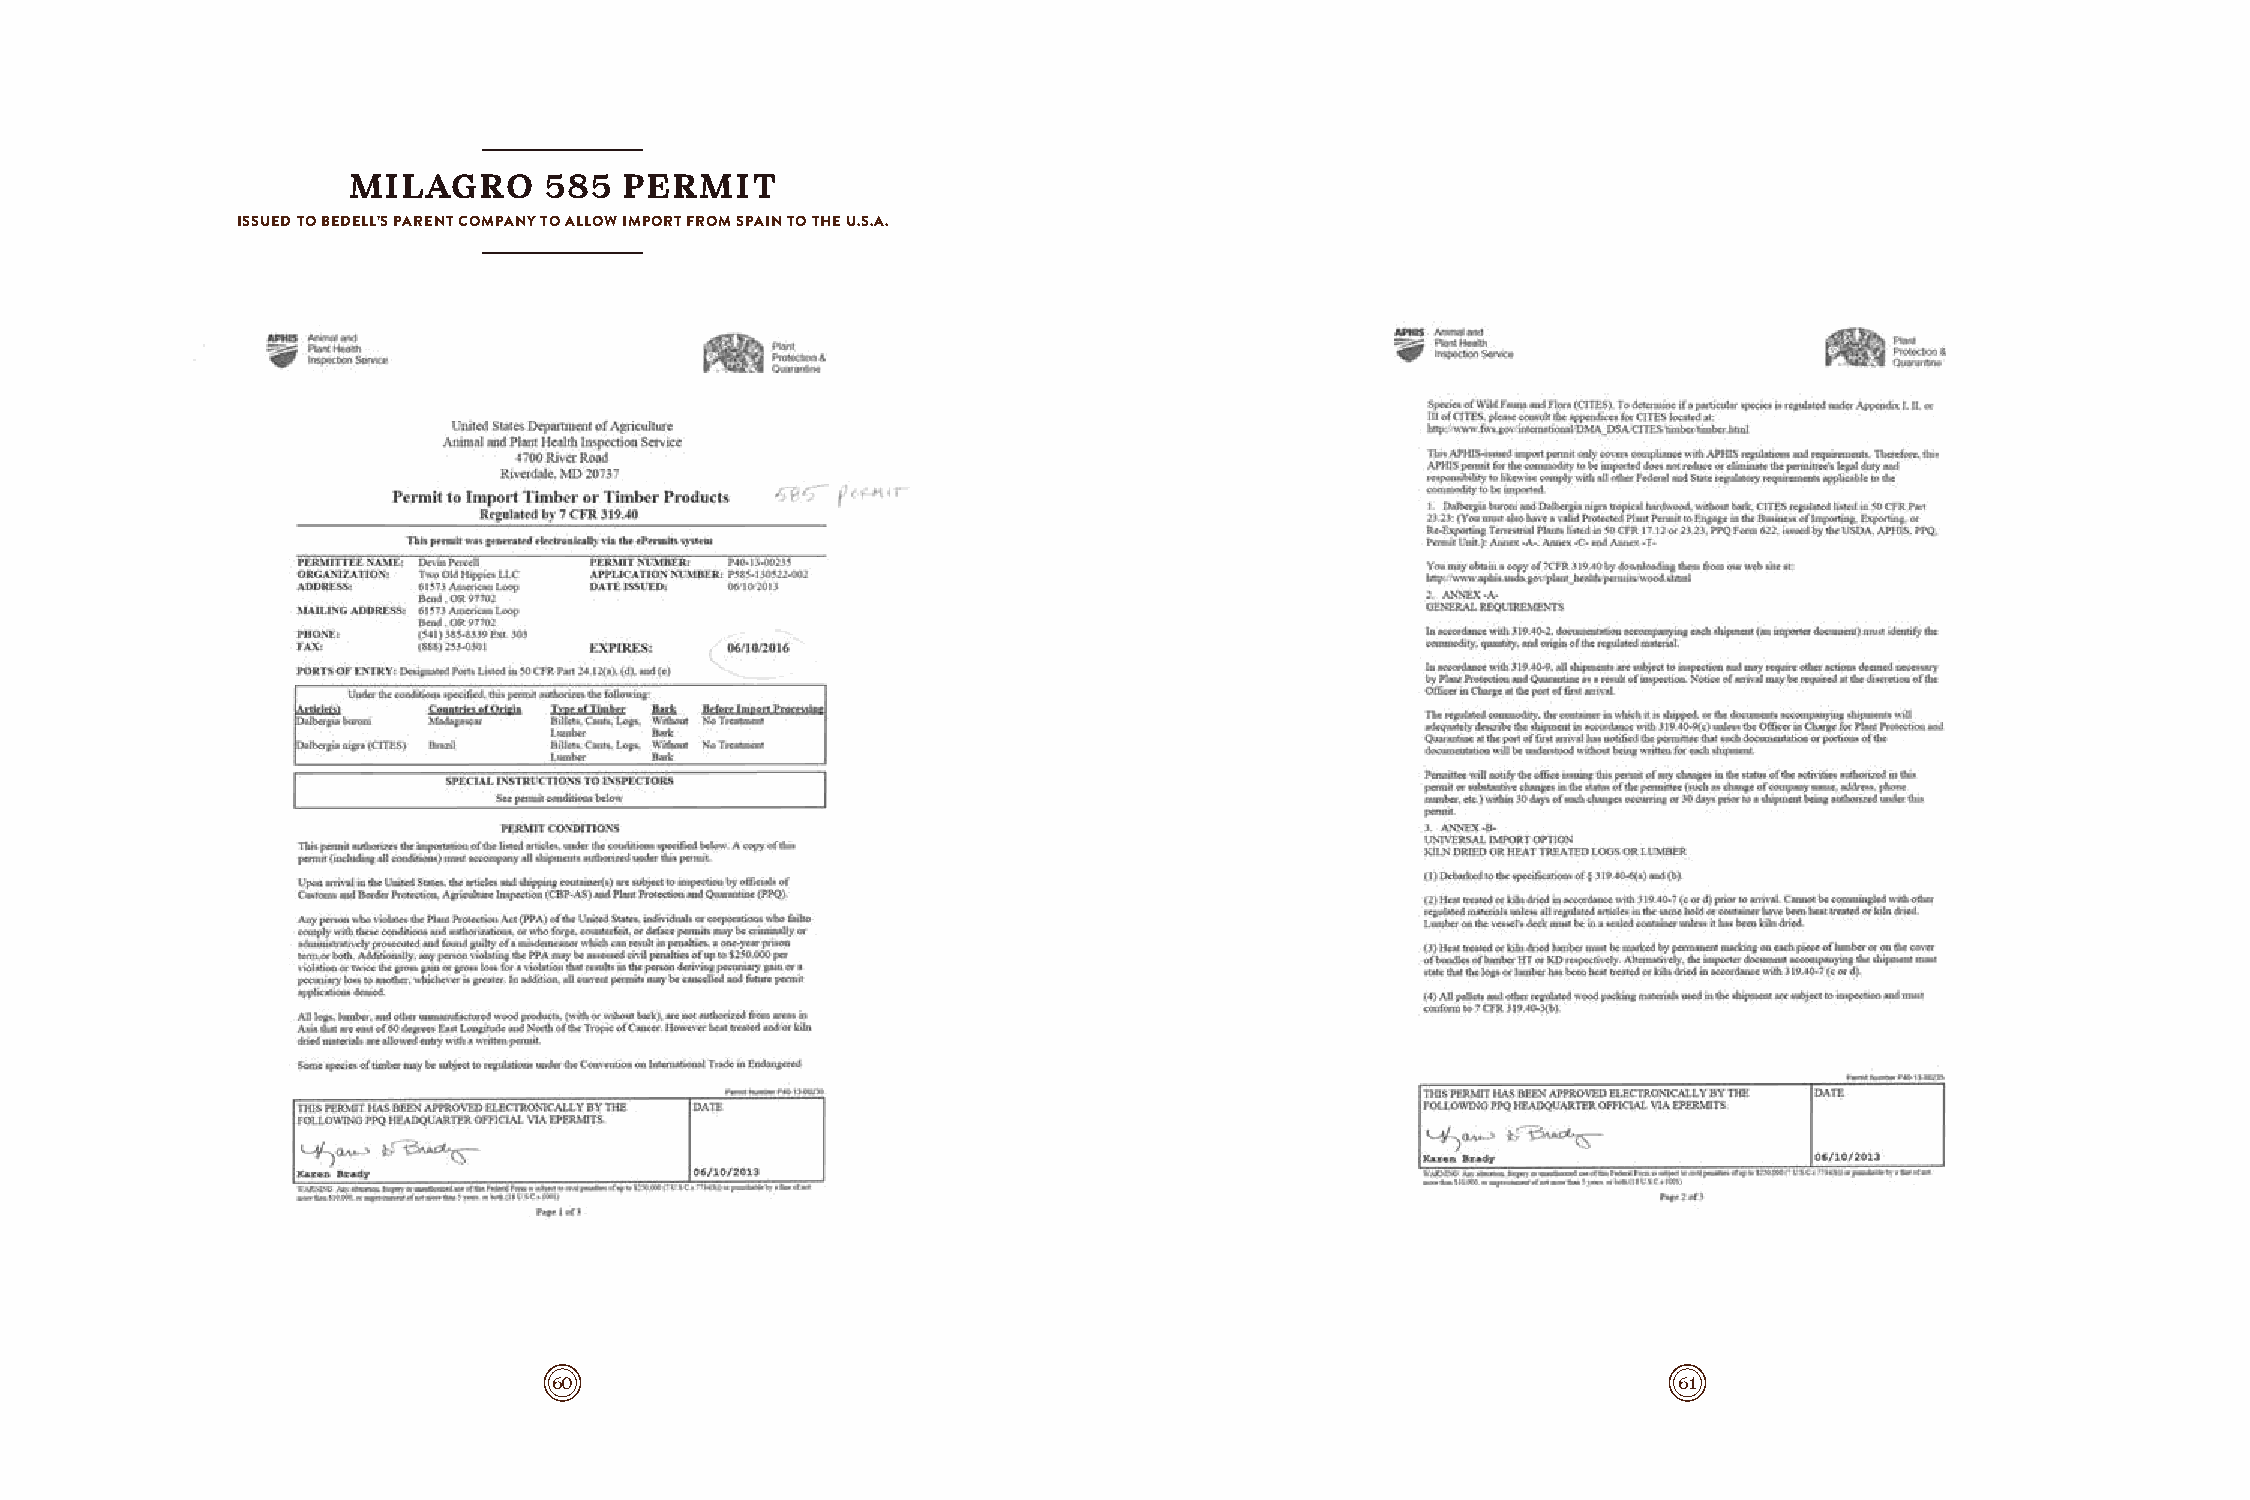
MILAGRO      585  PERMIT
 ISSUED TO BEDELL’S PARENT COMPANY TO ALLOW IMPORT FROM SPAIN TO THE U.S.A.
 60                                                                        61